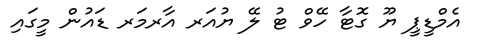
އެމްޑީޕީ ޔޫ ގޮޓާ ހޭވް ޓު ލޭ ޔުއަރ އާރމަރ ޑައުން މީގައި